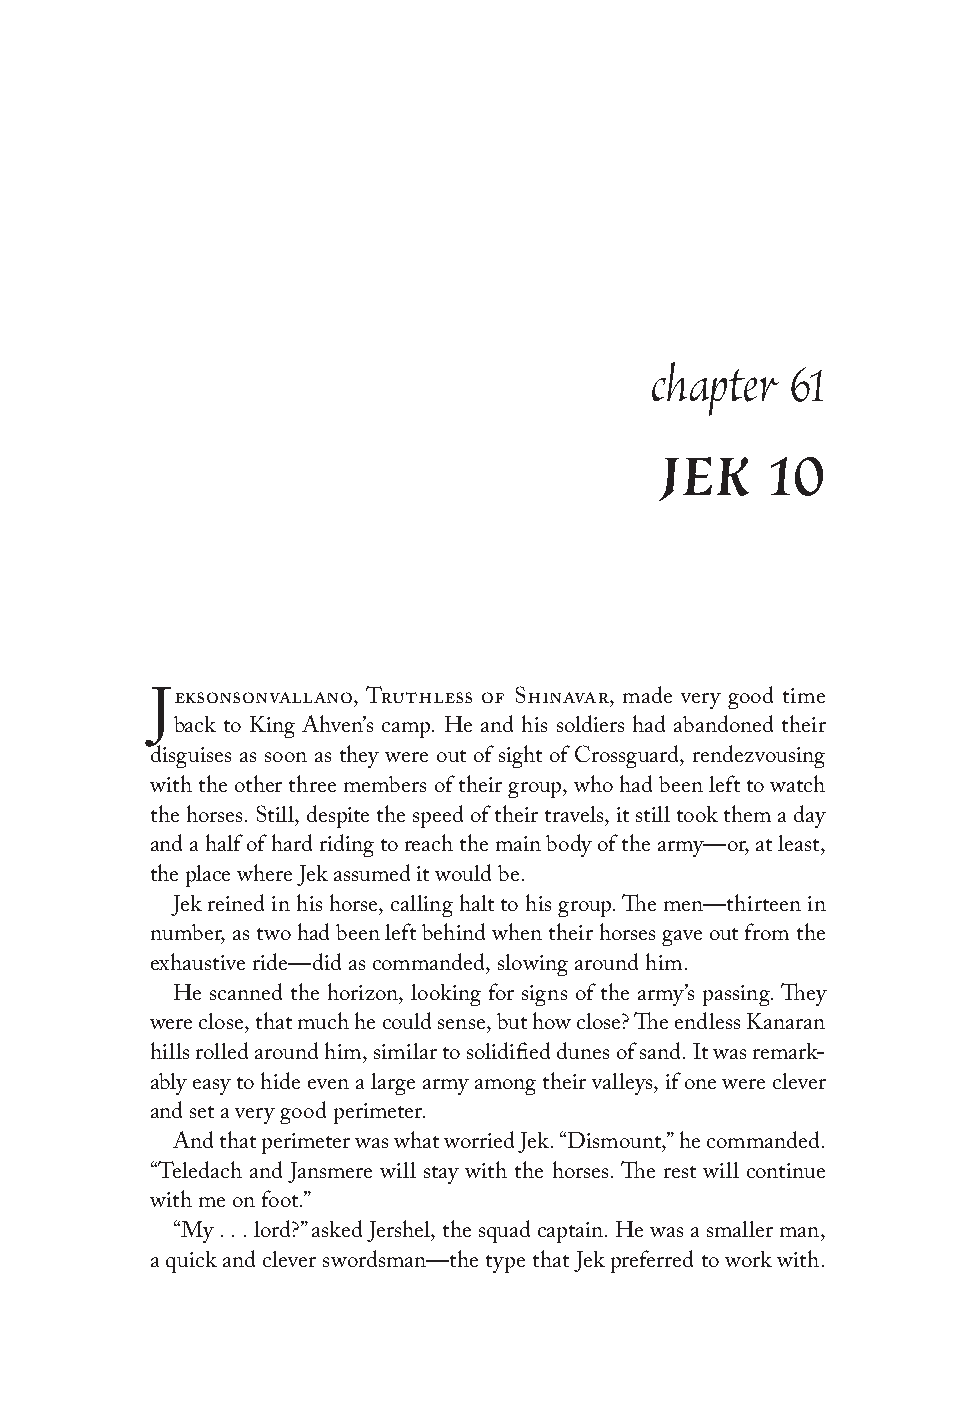
chapter  61
 JEK    10
 eksonsonvallano, Truthless of Shinavar, made very good time
 J
 back to King Ahven’s camp. He and his soldiers had abandoned their
 disguises as soon as they were out of sight of Crossguard, rendezvousing
 with the other three members of their group, who had been left to watch
 the horses. Still, despite the speed of their travels, it still took them a day
 and a half of hard riding to reach the main body of the army—or, at least,
 the place where Jek assumed it would be.
 Jek reined in his horse, calling halt to his group. The men—thirteen in
 number, as two had been left behind when their horses gave out from the
 exhaustive ride—did as commanded, slowing around him.
 He scanned the horizon, looking for signs of the army’s passing. They
 were close, that much he could sense, but how close? The endless Kanaran
 hills rolled around him, similar to solidified dunes of sand. It was remark-
 ably easy to hide even a large army among their valleys, if one were clever
 and set a very good perimeter.
 And that perimeter was what worried Jek. “Dismount,” he commanded.
 “Teledach and Jansmere will stay with the horses. The rest will continue
 with me on foot.”
 “My . . . lord?” asked Jershel, the squad captain. He was a smaller man,
 a quick and clever swordsman—the type that Jek preferred to work with.